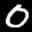
Label: 0